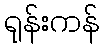
ရုန်းကန်